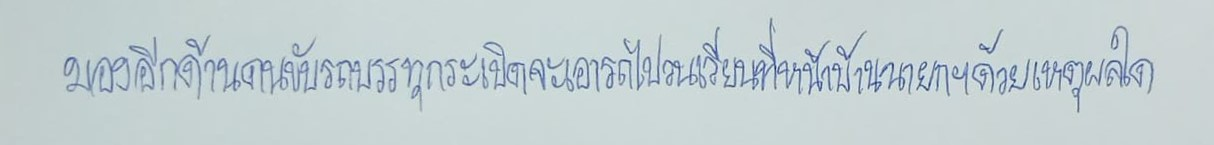
มองอีกด้านคนขับรถบรรทุกระเบิดจะเอารถไปวนเวียนที่หน้าบ้านนายกฯด้วยเหตุผลใด